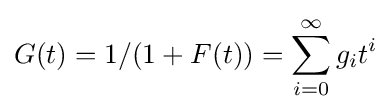
G(t)=1/(1+F(t))=\sum _{i=0}^{\infty }g_{i}t^{i}